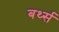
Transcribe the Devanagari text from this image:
बर्थ्स